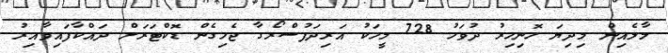
މާލެއިން މިދިޔަ ހޮނިހިރު ދުވަހު 728 މީހަކު އަރިދަފުސްރޯގާ ޖެހިގެން ޑޮކްޓަރަށް ދައްކާފައިވާއިރު